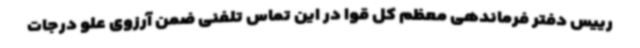
رییس دفتر فرماندهی معظم کل قوا در این تماس تلفنی ضمن آرزوی علو درجات